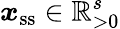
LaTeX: \boldsymbol{x}_{\mathrm{ss}}\in\mathbb R_{>0}^{s}